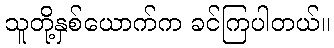
သူတို့နှစ်ယောက်က ခင်ကြပါတယ်။